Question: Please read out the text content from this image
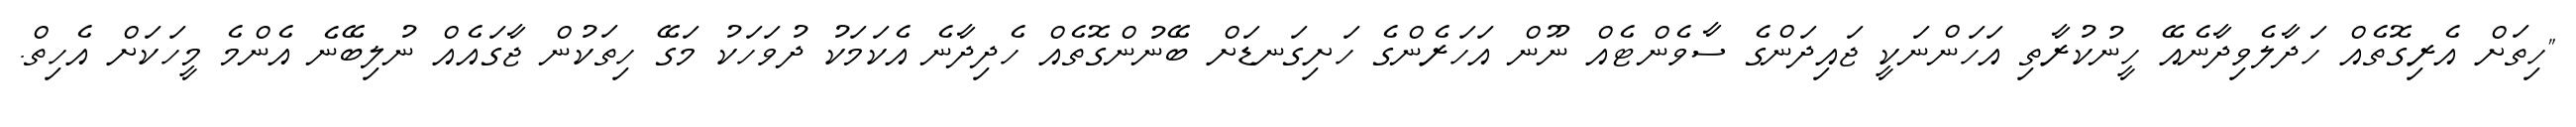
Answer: "ހިތަށް އެރިގޮތެއް ހަދާލެވިދާނެއޭ ހީނުކުރާތި އަހަންނަކީ ޖައިދަންގެ ސާވެންޓެއް ނޫން އަހަރެންގެ ހަށިގަނޑަށް ބޭނުންގޮތެއް ހެދިދާނެ އެކަމަކު ދުވަހަކު މަގޭ ހިތަކުން ޖާގައެއް ނުލިބޭނެ އެންމެ މީހަކަށް އެހިތް.